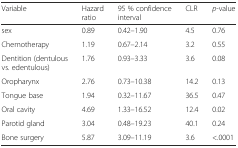
| Variable | Hazard ratio | 95 % confidence interval | CLR | p-value |
 | --- | --- | --- | --- | --- |
 | sex | 0.89 | 0.42–1.90 | 4.5 | 0.76 |
 | Chemotherapy | 1.19 | 0.67–2.14 | 3.2 | 0.55 |
 | Dentition (dentulous vs. edentulous) | 1.76 | 0.93–3.33 | 3.6 | 0.08 |
 | Oropharynx | 2.76 | 0.73–10.38 | 14.2 | 0.13 |
 | Tongue base | 1.94 | 0.32–11.67 | 36.5 | 0.47 |
 | Oral cavity | 4.69 | 1.33–16.52 | 12.4 | 0.02 |
 | Parotid gland | 3.04 | 0.48–19.23 | 40.1 | 0.24 |
 | Bone surgery | 5.87 | 3.09–11.19 | 3.6 | <.0001 |